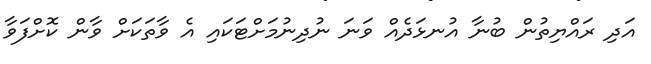
އަދި ރައްޔިތުން ބުނާ އުނޅަދެއް ވަނަ ނުދިނުމަށްޓަކައި އެ ވާތަކަށް ވާން ކޮށްފަވާ